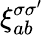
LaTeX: \xi_{ab}^{\sigma\sigma^{\prime}}